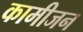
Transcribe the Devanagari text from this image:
कामीजन